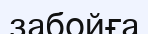
забойға